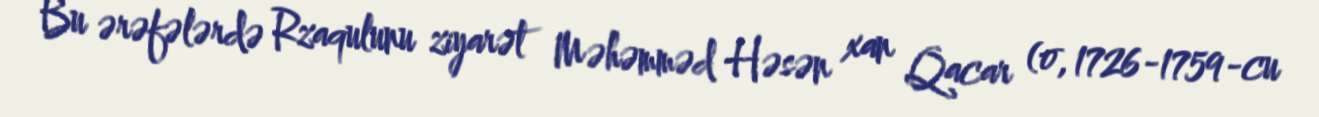
Bu ərəfələrdə Rzaqulunu ziyarət Məhəmməd Həsən xan Qacar (o, 1726-1759-cu